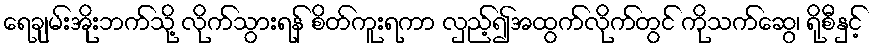
ရေချမ်းအိုးဘက်သို့ လိုက်သွားရန် စိတ်ကူးရကာ လှည့်၍အထွက်လိုက်တွင် ကိုသက်ဆွေ၊ ရိုစီနှင့်